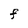
Character: F